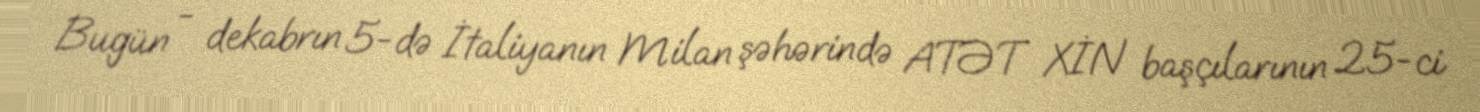
Bugün - dekabrın 5-də İtaliyanın Milan şəhərində ATƏT XİN başçılarının 25-ci